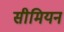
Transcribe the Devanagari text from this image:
सीमियन